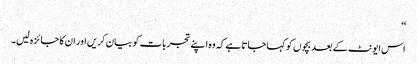
‘‘
اس ایونٹ کے بعد بچوں کو کہا جاتا ہے کہ وہ اپنے تجربات کو بیان کریں اور ان کا جائزہ لیں۔